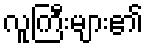
လူကြီးများ၏